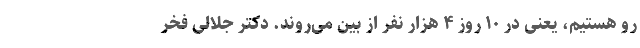
رو هستیم، یعنی در ‌۱۰ روز ۴ هزار نفر از بین ‌می‌روند. دکتر جلالی فخر